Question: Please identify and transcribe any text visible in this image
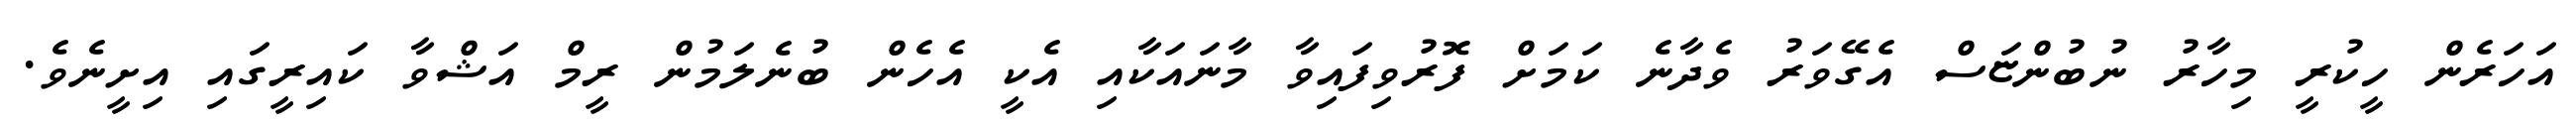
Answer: އަހަރެން ހީކުރީ މިހާރު ނުބުންޏަސް އެގޭވަރު ވެދާނެ ކަމަށް ފޮރުވިފައިވާ މާނައަކާއި އެކީ އެހެން ބުނެލަމުން ރީމް އަޝްވާ ކައިރީގައި އިށީނެވެ.